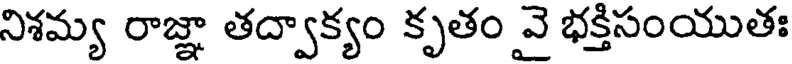
నిశమ్య రాజ్ఞా తద్వాక్యం కృతం వై భక్తిసంయుతః